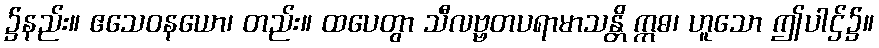
၌နည်း။ ဧသေဝနယော၊ တည်း။ ထပေတွာ သီလဗ္ဗတပရာမာသန္တိ ဣဓ၊ ဟူသော ဤပါဌ်၌။